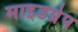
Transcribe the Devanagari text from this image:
माइडग्रेप